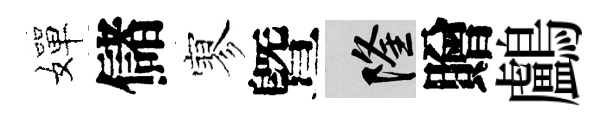
嬋儲寥曁隆贈鸕